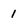
Character: 1